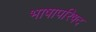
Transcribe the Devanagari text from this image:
भाषापरिषद